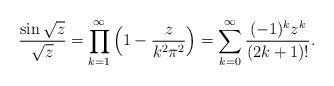
LaTeX: \begin{align*}\frac{\sin\sqrt z}{\sqrt z}=\prod_{k=1}^\infty\left(1-\frac z{k^2\pi^2}\right)=\sum_{k=0}^\infty \frac{(-1)^kz^k}{(2k+1)!}.\end{align*}